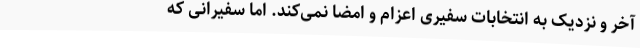
آخر و نزدیک به انتخابات سفیری اعزام و امضا نمی‌کند. اما سفیرانی که